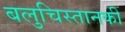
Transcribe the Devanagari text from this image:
बलुचिस्तानकी